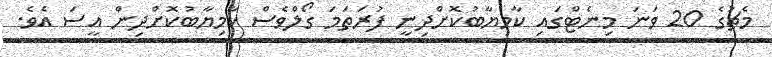
މެޗުގެ 20 ވަނަ މިނެޓްގައި ކާމިޔާބުކޮށްދިނީ ފުރަތަމަ ގޯލްވެސް ކާމިޔާބުކޮށްދިން އީސަ އެވެ.